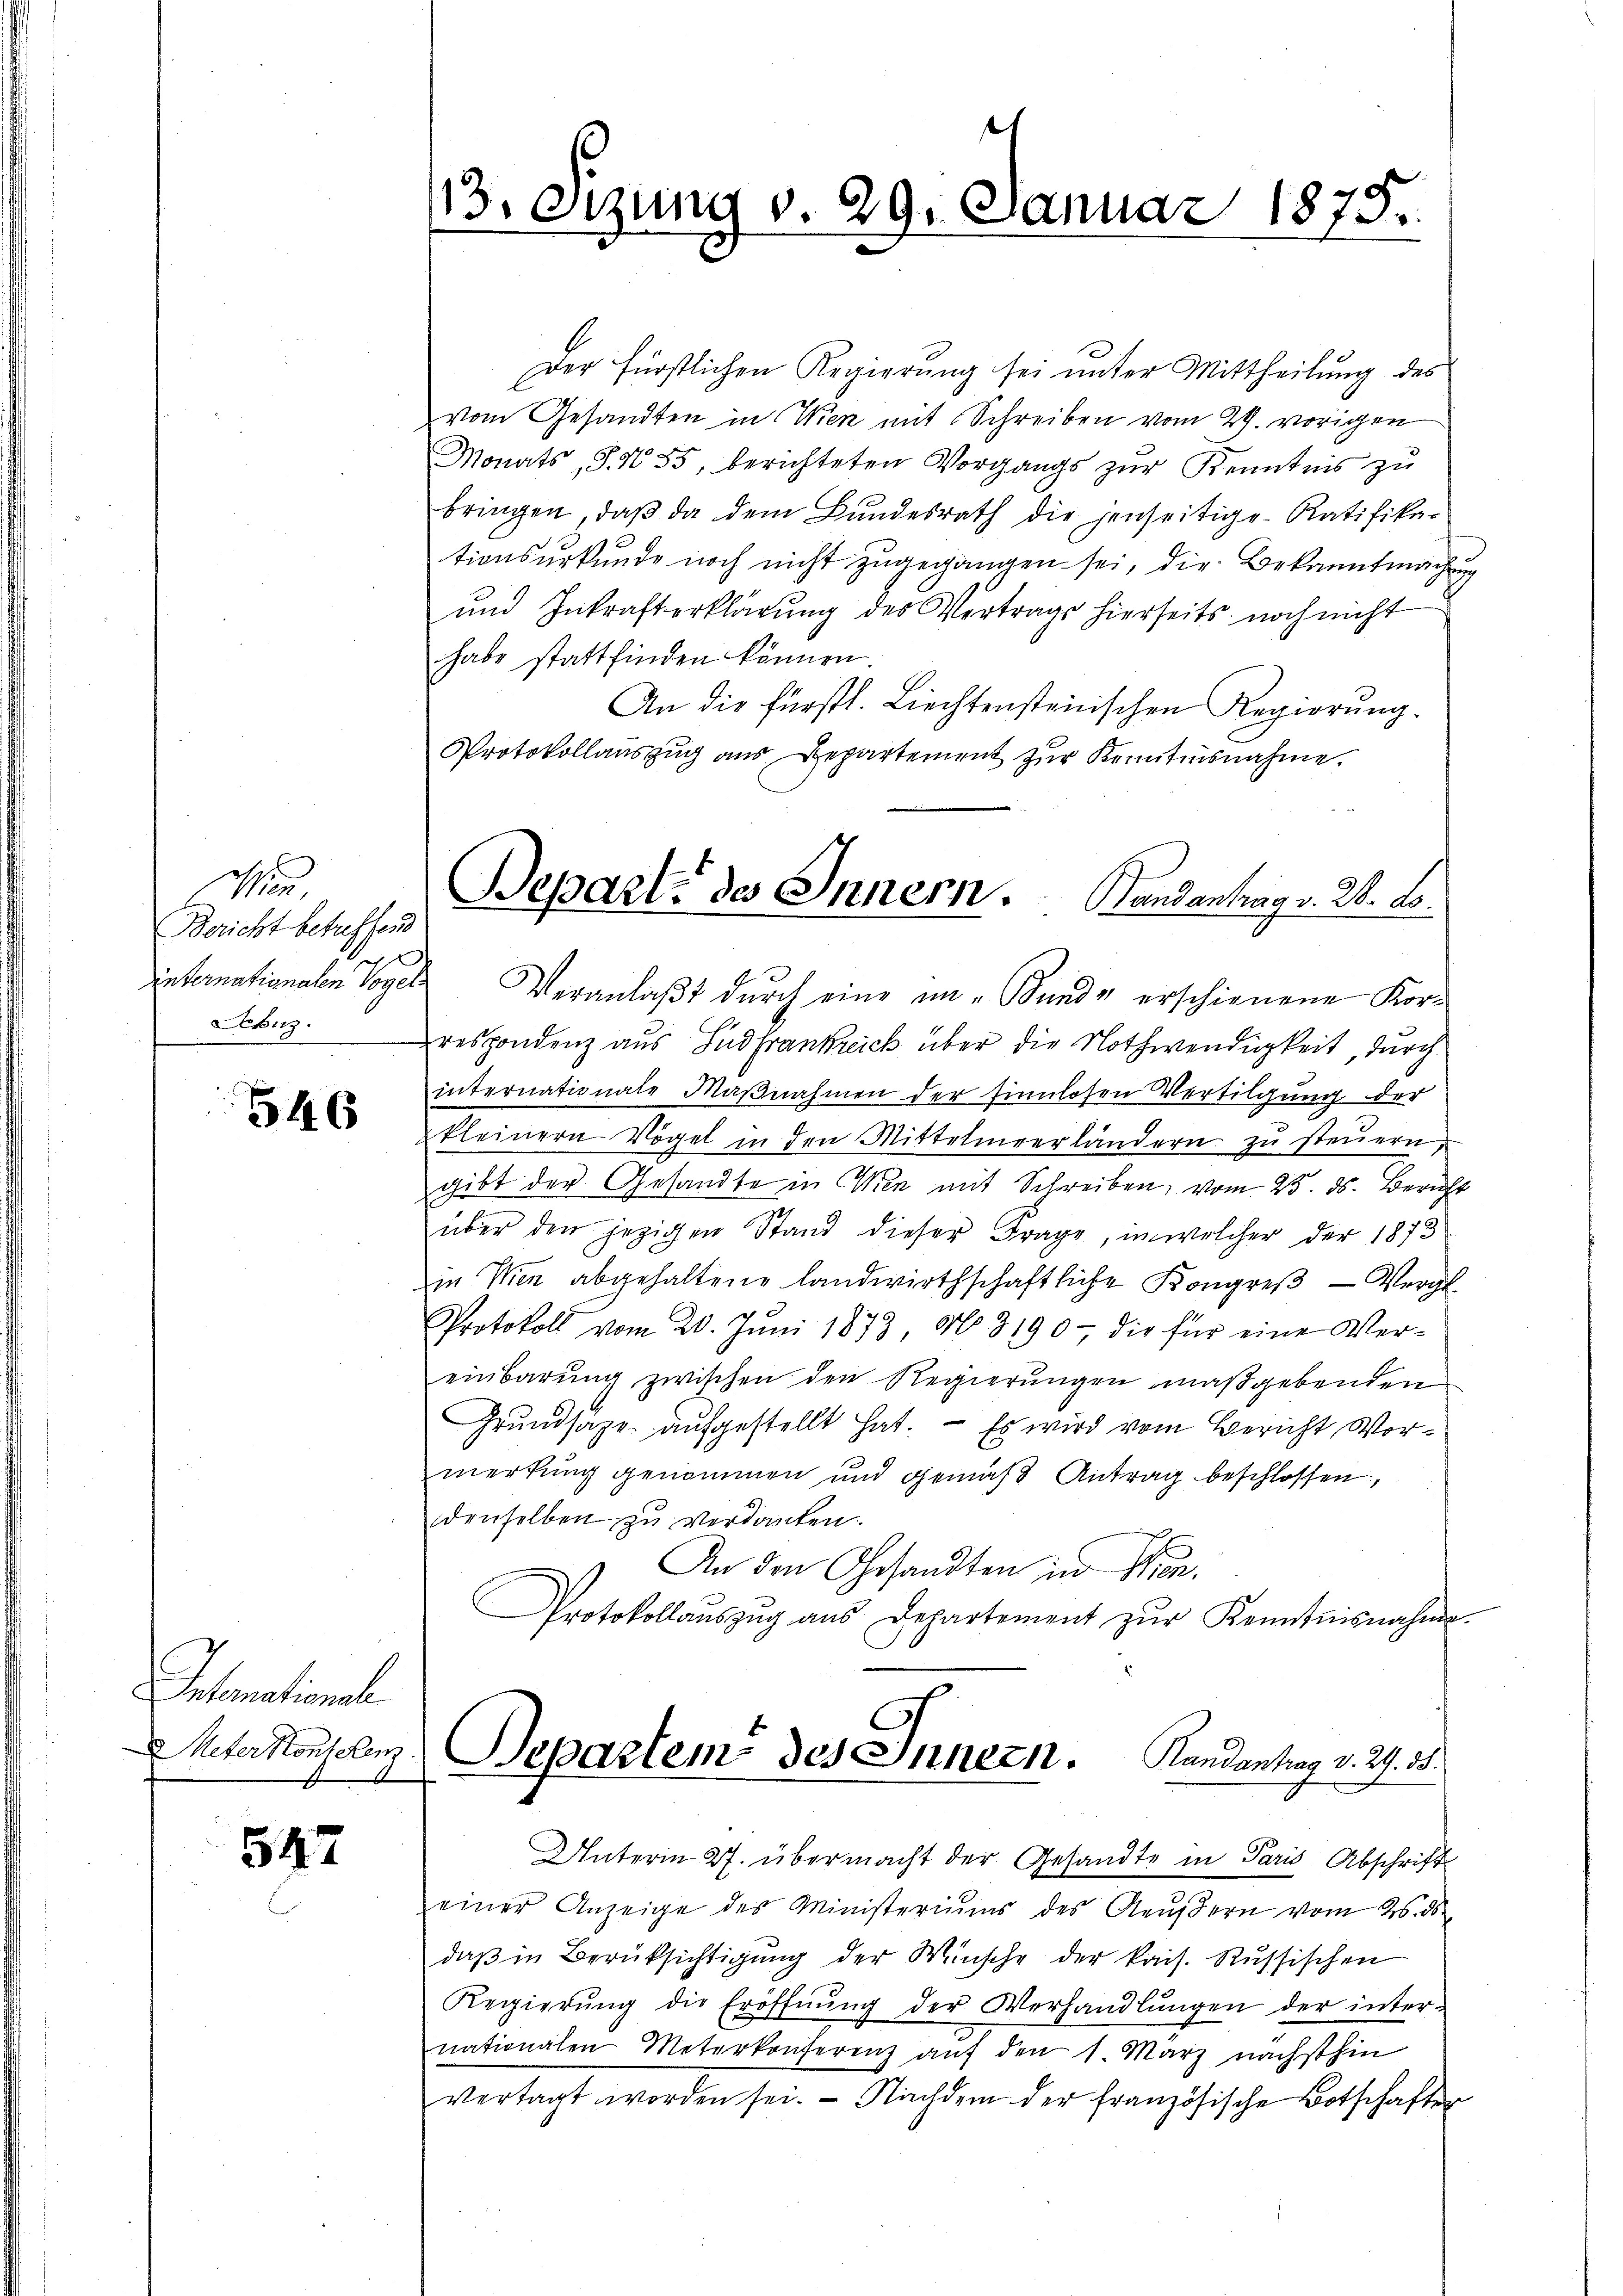
Wien.
Bericht betreffend
Lebuz.

546

Intomational
Ueter Konferen

547

Der fürstlichen Regierung sei unter Mittheilung des
vom Gesandten in Wien mit Schreiben vom 29. vorigen
Monats S. N. 55, berichteten Vorgangs zur Kenntnis zu
bringen, daβ da dem Bundesrath die jenseitige Ratifika-
tionsurkunde noch nicht zugegangen sei, die Bekanntmachung
und Inkrafterklärung des Vertrags hierseits noch nicht
habe stattfinden können.
An die Fürstl. Liechtensteinischen Regierung.
Protokollauszug aus Departement zur Kenntnisnahme,
internationalen Vogels Veranlaßt durch eine im „Bunde erschienene Korrespondenz aus Südfrankreich über die Nothwendigkeit, durch
internationale Maßnahmen der sinnlosen Vertilgung der
kleinern Vögel in den Mittelmverländern zŭ steŭern,
gibt der Gesandte in Wien mit Schreiben vom 23. ds. Bericht
über den jezigen Stand dieser Frage, in welcher der 1873
in Wien abgehaltene Landwirthschaftliche Kongreβ- Vergl.
Protokoll vom 20. Jŭni 1873, No. 3190 - die für eine Ver-
einbarŭng zwischen den Regierŭngen maßgebenden
Grundsäze aufgestellt hat. – Es wird vom Bericht Vormerkung genommen und gemäß Antrag beschlossen,
denselben zu verdanken.
An den Gesandten in Wien.
Protokollaŭszŭg aŭs Departement zŭr Kenntnisnahme.
2

t
13. etzung v. 29. Januar 1875.

Beparte des Innern. Bandantrag v. 28. B.

Separtem des Innern. Handantrag v. 29. 35.
Unterm 27. übermacht der Gesandte in Paris Abschrift

einer Anzeige des Ministeriums des Aeußern vom 25. ds
daβ in Berüksichtigŭng der Wünsche der kais. Russischen
Regierŭng die Eröffnŭng der Verhandlŭngen der inter-
nationalen Meterkonferenz auf den 1. März nächsthin
vertagt worden sei. Nachdem der französische Botschafter